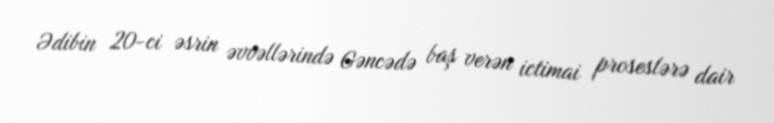
Ədibin 20-ci əsrin əvvəllərində Gəncədə baş verən ictimai proseslərə dair